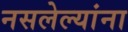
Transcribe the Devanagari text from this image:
नसलेल्यांना